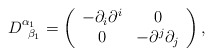
\begin{align*}D_{\;\;\beta _{1}}^{\alpha _{1}}=\left( \begin{array}{cc}-\partial _{i}\partial ^{i} & 0 \\ 0 & -\partial ^{j}\partial _{j}\end{array}\right) , \end{align*}